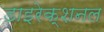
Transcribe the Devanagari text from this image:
डाइरेक्शनल